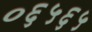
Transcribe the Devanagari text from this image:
०६५६५